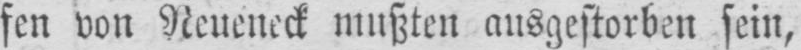
fen von Neueneck mußten ausgestorben sein,